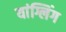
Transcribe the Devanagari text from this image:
यांग्लिंग